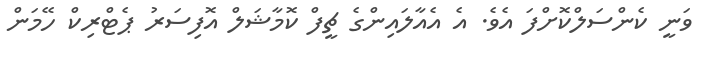
ވަނީ ކެންސަލްކޮށްފަ އެވެ. އެ އެއާލައިންގެ ޗީފް ކޮމާޝަލް އޮފިސަރު ޕެޓްރިކް ހޭމަން